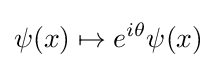
\psi (x)\mapsto e^{i\theta }\psi (x)